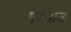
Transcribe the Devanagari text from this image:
भसमाज